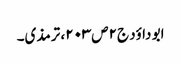
ابو داؤد ج۲ص۲۰۳، ترمذی۔